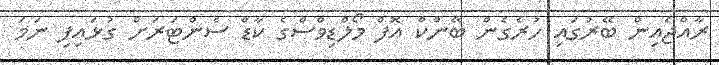
ރާއްޖެއިން ބޭރުގައި ހުރެގެން ބޭންކް އޮފް މޯލްޑިވްސްގެ ކާޑް ސެންޓަރަށް ގުޅައިފި ނަމަ